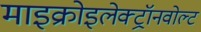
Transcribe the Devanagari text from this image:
माइक्रोइलेक्ट्रॉनवोल्ट